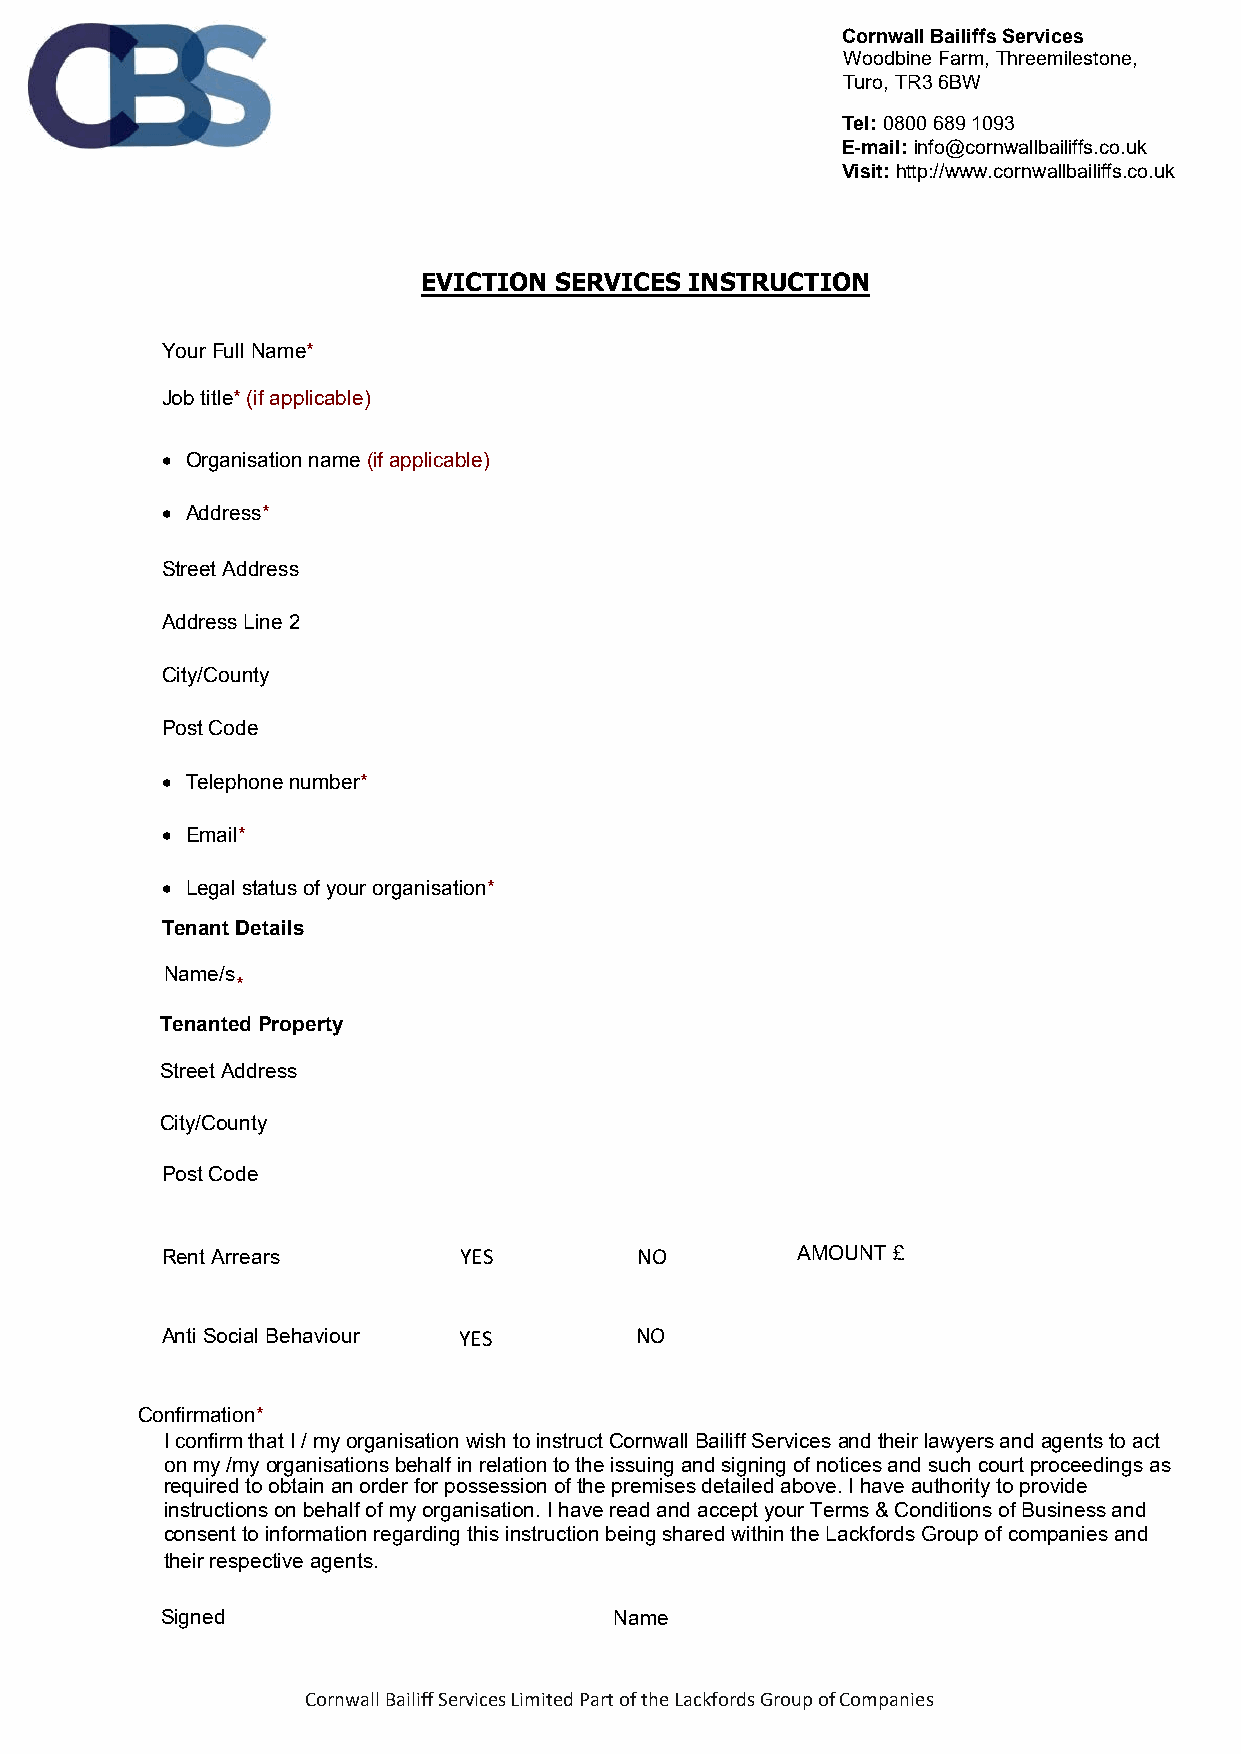
Cornwall Bailiffs Services
 Woodbine Farm, Threemilestone,
 Turo, TR3 6BW
 Tel: 0800 689 1093
 E-mail: info@cornwallbailiffs.co.uk
 Visit: http://www.cornwallbailiffs.co.uk
 EVICTION SERVICES INSTRUCTION
 Your Full Name*
 Job title* (if applicable)
 • Organisation name (if applicable)
 • Address*
 Street Address
 Address Line 2
 City/County
 Post Code
 • Telephone number*
 • Email*
 • Legal status of your organisation*
 Tenant Details
 Name/s
 *
 Tenanted Property
 Street Address
 City/County
 Post Code
 Rent Arrears       YES         NO         AMOUNT £
 Anti Social Behaviour YES      NO
 Confirmation*
 I confirm that I / my organisation wish to instruct Cornwall Bailiff Services and their lawyers and agents to act
 on my /my organisations behalf in relation to the issuing and signing of notices and such court proceedings as
 required to obtain an order for possession of the premises detailed above. I have authority to provide
 instructions on behalf of my organisation. I have read and accept your Terms & Conditions of Business and
 consent to information regarding this instruction being shared within the Lackfords Group of companies and
 their respective agents.
 Signed                        Name
 C ornwall Bailiff Services Limited Part of the Lackfords Group of Companies